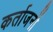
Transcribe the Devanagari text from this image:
कर्ताजनों